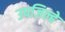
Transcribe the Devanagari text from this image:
उपजिल्हे